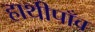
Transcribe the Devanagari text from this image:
हाथीपाँव